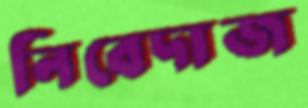
নিবেদাজ